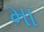
મા